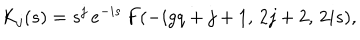
K _ { j } ( s ) = s ^ { j } \, e ^ { - i s } \, F ( - i g q + j + 1 , \, 2 j + 2 , \, 2 i s ) ,